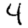
Digit: 4